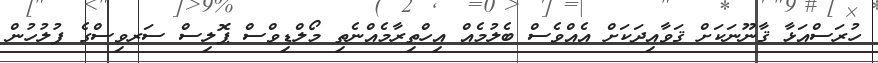
ހުރަސްއަޅާ ޤާނޫނަކަށް ޤަވާއިދަކަށް އެއްވެސް ބެލުމެއް އިހްތިރާމެއްނެތި މޯލްޑިވްސް ޕޮލިސް ސަރވިސްގެ ފުލުހުން